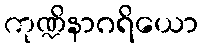
ကုဏ္ဍိနာဂရိယော